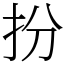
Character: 扮